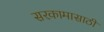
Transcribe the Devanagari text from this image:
सरकामासाठी